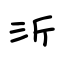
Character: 沂